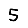
Digit: 5